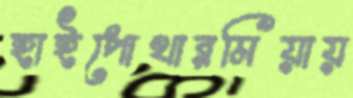
হাইপোথারমিয়ায়